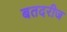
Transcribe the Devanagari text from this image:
बतदरीज